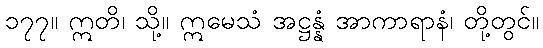
၁၇၇။ ဣတိ၊ သို့။ ဣမေသံ အဋ္ဌန္နံ အာကာရာနံ၊ တို့တွင်။